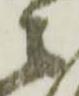
々